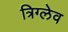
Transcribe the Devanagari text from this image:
त्रिग्लेव